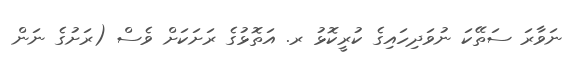
ނަވާރަ ސަތޭކަ ނުވަދިހައިގެ ކުރީކޮޅު ރ. އަތޮޅުގެ ރަށަކަށް ވެސް (ރަށުގެ ނަން